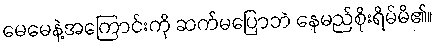
မေမေနဲ့အကြောင်းကို ဆက်မပြောဘဲ နေမည်စိုးရိမ်မိ၏။